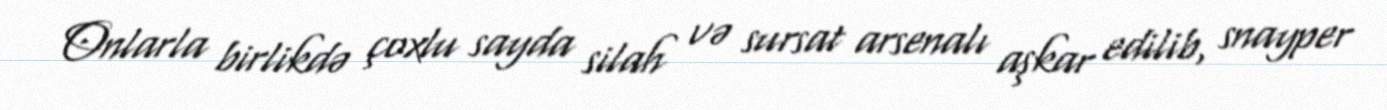
Onlarla birlikdə çoxlu sayda silah və sursat arsenalı aşkar edilib, snayper